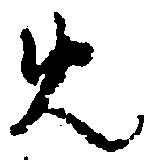
免